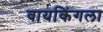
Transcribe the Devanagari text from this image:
वायकिंगला